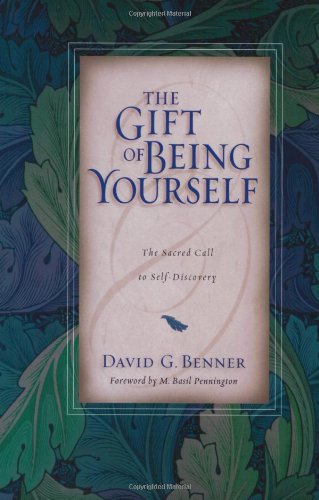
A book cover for The Gift of Being Yourself: The Sacred Call to Self-Discovery; David G. Benner; Self-Help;